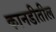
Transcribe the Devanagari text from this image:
कानडीतील